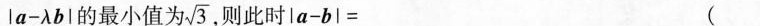
la-λbl的最小值为/ $$\sqrt{3}$$ 则此时$$ la-bl=$$ (